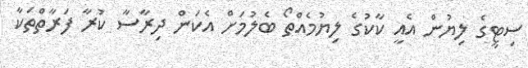
ސިޓީގެ ލިޔުން އެއީ ކާކުގެ ލިޔުމެއްތޯ ބެލުމަށް އެކަން ދިރާސާ ކުރާ ފަރާތްތަކާ